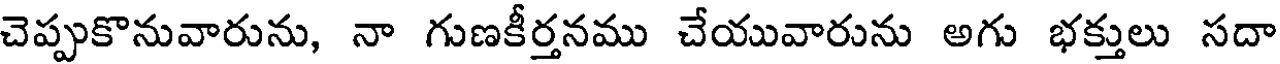
చెప్పుకొనువారును, నా గుణకీర్తనము చేయువారును అగు భక్తులు సదా